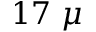
1 7 ~ \mu